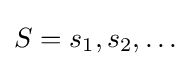
S=s_{1},s_{2},\dots